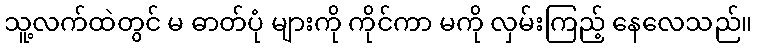
သူ့လက်ထဲတွင် မ ဓာတ်ပုံ များကို ကိုင်ကာ မကို လှမ်းကြည့် နေလေသည်။